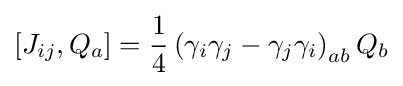
\left[J_{ij},Q_{a}\right]={\frac {1}{4}}\left(\gamma _{i}\gamma _{j}-\gamma _{j}\gamma _{i}\right)_{ab}Q_{b}